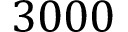
3 0 0 0